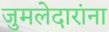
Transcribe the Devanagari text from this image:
जुमलेदारांना